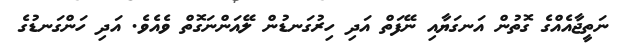
ނަތީޖާއެއްގެ ގޮތުން އަނގަޔާއި ނޭފަތް އަދި ހިރުގަނޑުން ލޭއަންނަގޮތް ވެއެވެ. އަދި ހަންގަނޑުގެ